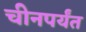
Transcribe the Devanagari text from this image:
चीनपर्यंत